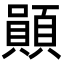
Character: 䫟